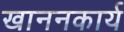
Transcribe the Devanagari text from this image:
खाननकार्य